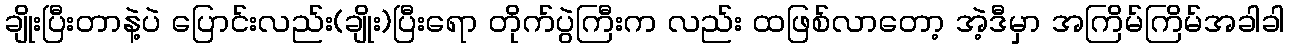
ချိုးပြီးတာနဲ့ပဲ ပြောင်းလည်း(ချိုး)ပြီးရော တိုက်ပွဲကြီးက လည်း ထဖြစ်လာတော့ အဲ့ဒီမှာ အကြိမ်ကြိမ်အခါခါ